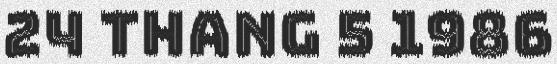
24 thang 5 1986